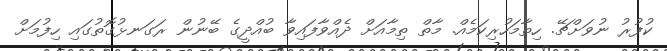
ކުފުރު ނުވަށްޗޭ. ހިތާމަހުރިކަމެއް. މާތް ތިމާއަށް ދެއްވާފައިވާ ބުއްދީގެ ބޭނުން ރަގަނޅުގޮތުގައި ހިފުމަށް